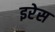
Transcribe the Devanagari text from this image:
इरेस